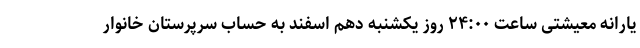
یارانه معیشتی ساعت ۲۴:۰۰ روز یکشنبه دهم اسفند به حساب سرپرستان خانوار